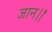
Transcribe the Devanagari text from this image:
जान।।